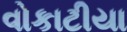
વોકાટીયા